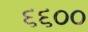
૬૬૦૦